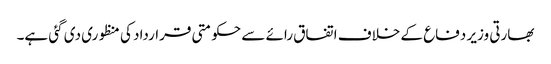
بھارتی وزیر دفاع کے خلاف اتفاق رائے سے حکومتی قرارداد کی منظوری دی گئی ہے۔